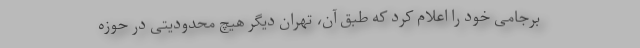
برجامی خود را اعلام کرد که طبق آن، تهران دیگر هیچ محدودیتی در حوزه